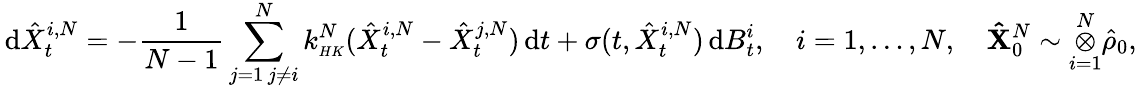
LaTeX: \, \mathrm{d}\hat{X}_{t}^{i,N}=-\frac{1}{N-1}\sum_{\substack{j=1\, j\neq i}}^{N}k_{\scriptscriptstyle{HK}}^{N}(\hat{X}_{t}^{i,N}-\hat{X}_{t}^{j,N})\, \mathrm{d}t+\sigma(t,\hat{X}_{t}^{i,N})\, \mathrm{d}B_{t}^{i},\quad i=1,\ldots,N,\quad\mathbf{\hat{X}}_{0}^{N}\sim\overset{N}{\underset{i=1}{\otimes}}\hat{\rho}_{0},